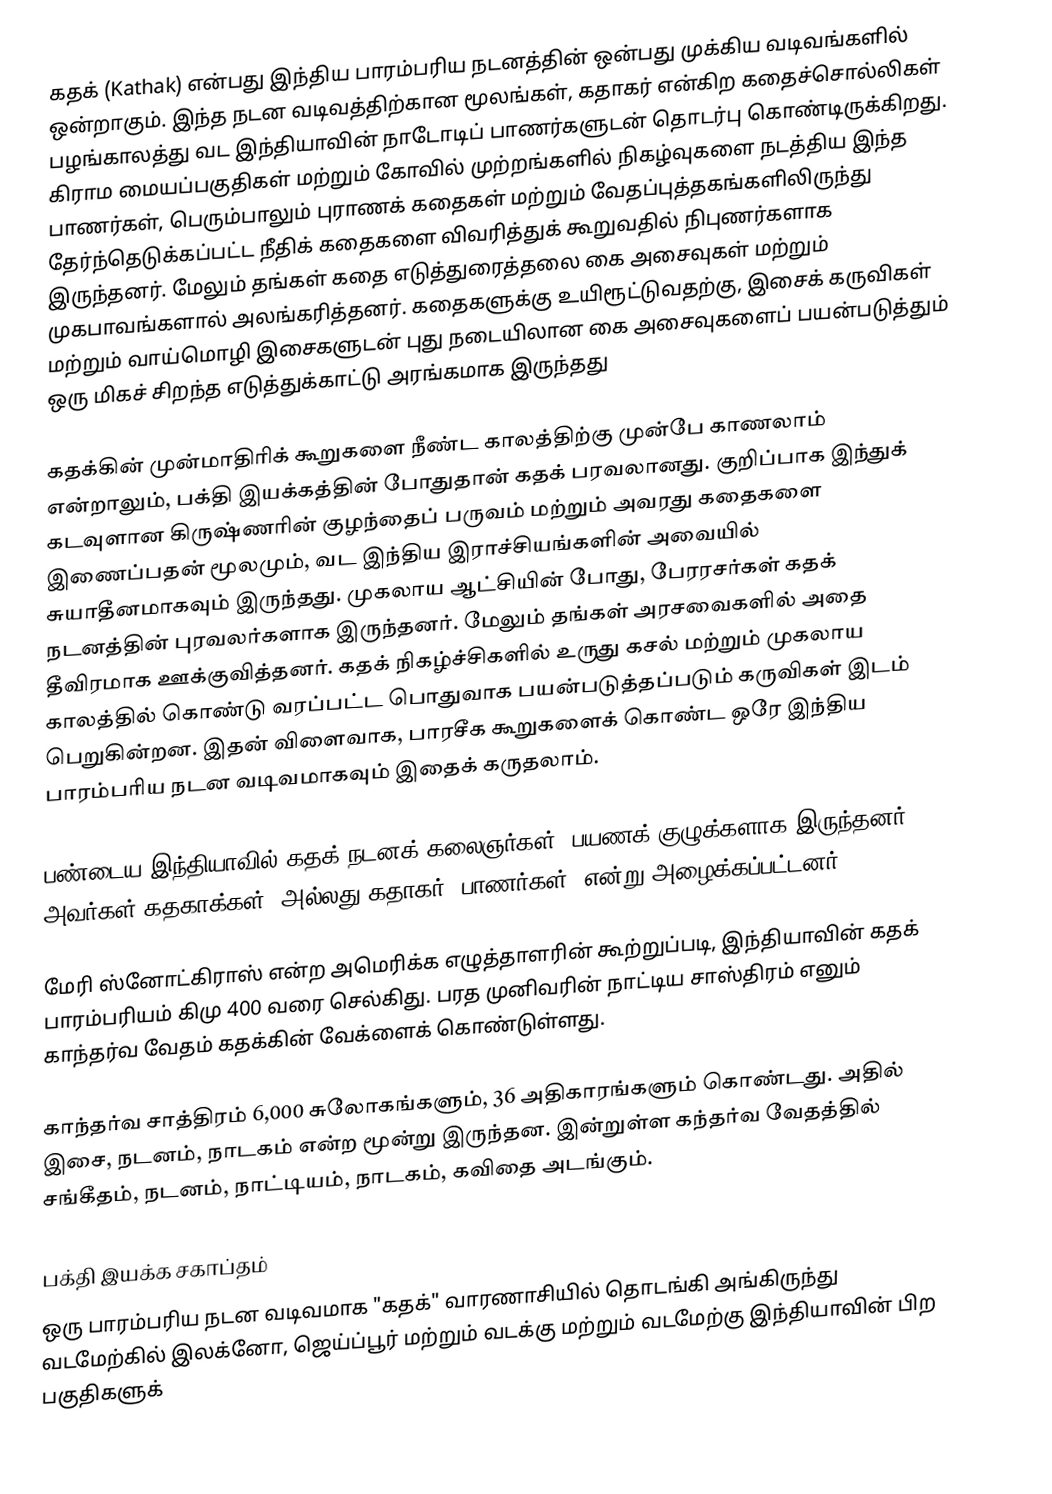
கதக் (Kathak) என்பது இந்திய பாரம்பரிய நடனத்தின் ஒன்பது முக்கிய வடிவங்களில் ஒன்றாகும். இந்த நடன வடிவத்திற்கான மூலங்கள், கதாகர் என்கிற கதைச்சொல்லிகள் பழங்காலத்து வட இந்தியாவின் நாடோடிப் பாணர்களுடன் தொடர்பு கொண்டிருக்கிறது. கிராம மையப்பகுதிகள் மற்றும் கோவில் முற்றங்களில் நிகழ்வுகளை நடத்திய இந்த பாணர்கள், பெரும்பாலும் புராணக் கதைகள் மற்றும் வேதப்புத்தகங்களிலிருந்து தேர்ந்தெடுக்கப்பட்ட நீதிக் கதைகளை விவரித்துக் கூறுவதில் நிபுணர்களாக இருந்தனர். மேலும் தங்கள் கதை எடுத்துரைத்தலை கை அசைவுகள் மற்றும் முகபாவங்களால் அலங்கரித்தனர். கதைகளுக்கு உயிரூட்டுவதற்கு, இசைக் கருவிகள் மற்றும் வாய்மொழி இசைகளுடன் புது நடையிலான கை அசைவுகளைப் பயன்படுத்தும் ஒரு மிகச் சிறந்த எடுத்துக்காட்டு அரங்கமாக இருந்தது

கதக்கின் முன்மாதிரிக் கூறுகளை நீண்ட காலத்திற்கு முன்பே காணலாம் என்றாலும், பக்தி இயக்கத்தின் போதுதான் கதக் பரவலானது. குறிப்பாக இந்துக் கடவுளான கிருஷ்ணரின் குழந்தைப் பருவம் மற்றும் அவரது கதைகளை இணைப்பதன் மூலமும், வட இந்திய இராச்சியங்களின் அவையில் சுயாதீனமாகவும் இருந்தது. முகலாய ஆட்சியின் போது, பேரரசர்கள் கதக் நடனத்தின் புரவலர்களாக இருந்தனர். மேலும் தங்கள் அரசவைகளில் அதை தீவிரமாக ஊக்குவித்தனர். கதக் நிகழ்ச்சிகளில் உருது கசல் மற்றும் முகலாய காலத்தில் கொண்டு வரப்பட்ட பொதுவாக பயன்படுத்தப்படும் கருவிகள் இடம் பெறுகின்றன. இதன் விளைவாக, பாரசீக கூறுகளைக் கொண்ட ஒரே இந்திய பாரம்பரிய நடன வடிவமாகவும் இதைக் கருதலாம்.

பண்டைய இந்தியாவில் கதக் நடனக் கலைஞர்கள், பயணக் குழுக்களாக இருந்தனர், அவர்கள் கதகாக்கள், அல்லது கதாகர் (பாணர்கள்) என்று அழைக்கப்பட்டனர்.

மேரி ஸ்னோட்கிராஸ் என்ற அமெரிக்க எழுத்தாளரின் கூற்றுப்படி, இந்தியாவின் கதக் பாரம்பரியம் கிமு 400 வரை செல்கிது. பரத முனிவரின் நாட்டிய சாஸ்திரம்  எனும் காந்தர்வ வேதம் கதக்கின் வேக்ளைக் கொண்டுள்ளது.

காந்தர்வ சாத்திரம் 6,000 சுலோகங்களும், 36 அதிகாரங்களும் கொண்டது. அதில் இசை, நடனம், நாடகம் என்ற மூன்று இருந்தன. இன்றுள்ள கந்தர்வ வேதத்தில் சங்கீதம், நடனம், நாட்டியம், நாடகம், கவிதை அடங்கும்.

பக்தி இயக்க சகாப்தம்
ஒரு பாரம்பரிய நடன வடிவமாக "கதக்" வாரணாசியில் தொடங்கி அங்கிருந்து வடமேற்கில் இலக்னோ, ஜெய்ப்பூர் மற்றும் வடக்கு மற்றும் வடமேற்கு இந்தியாவின் பிற பகுதிகளுக்